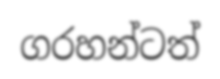
ගරහන්ටත්